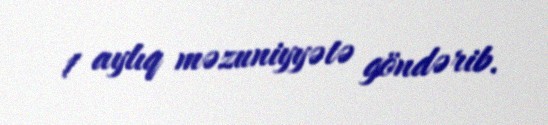
1 aylıq məzuniyyətə göndərib.